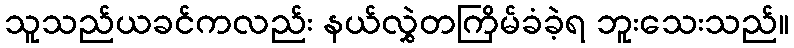
သူသည်ယခင်ကလည်း နယ်လွှဲတကြိမ်ခံခဲ့ရ ဘူးသေးသည်။